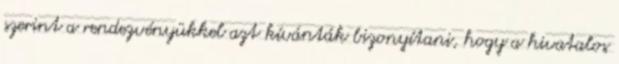
szerint a rendezvényükkel azt kívánták bizonyítani, hogy a hivatalos